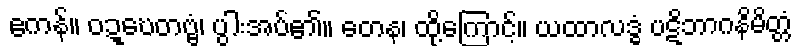
ဧကန်။ ဝဍ္ဎေတဗ္ဗံ၊ ပွါးအပ်၏။ တေန၊ ထို့ကြောင့်။ ယထာလဒ္ဓံ ပဋိဘာဂနိမိတ္တံ